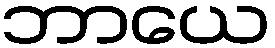
ဘာယေ